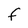
Character: F